Leaving Certificate, 1899
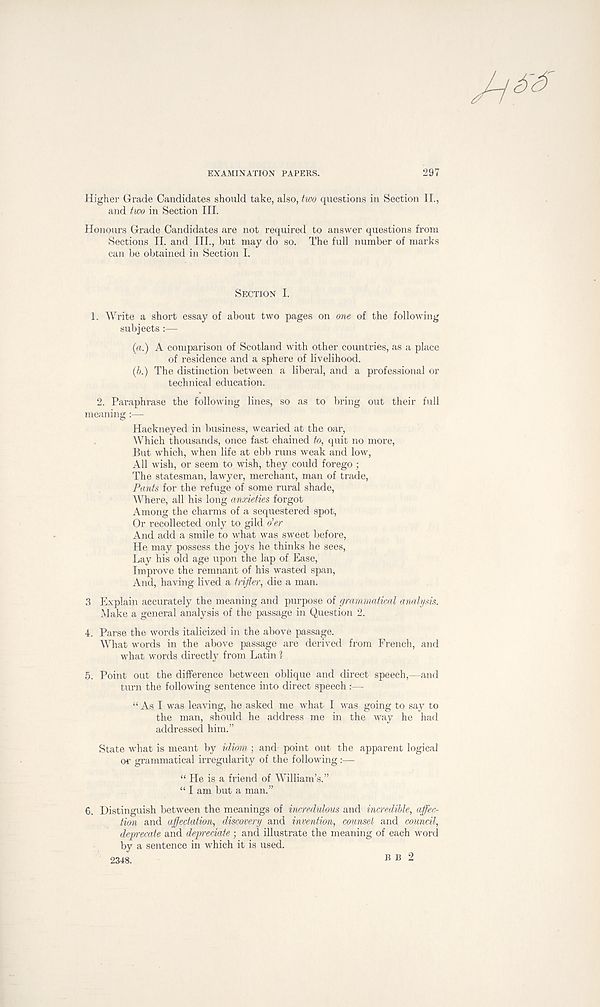
EXAMINATION PAPERS.
297
Higher Grade Candidates should take, also, two questions in Section II.,
and two in Section III.
Honours Grade Candidates are not required to answer questions from
Sections II. and III., but may do so. The full number of marks
can be obtained in Section I.
SECTION I.
1. Write a short essay of about two pages on one of the following
subjects :—
(a.) A comparison of Scotland with other countries, as a place
of residence and a sphere of livelihood.
(b.) The distinction between a liberal, and a professional or
technical education.
2. Paraphrase the following lines, so as to bring out their full
meaning :—
Hackneyed in business, wearied at the oar,
Which thousands, once fast chained to, quit no more,
But which, when life at ebb runs weak and low,
All wish, or seem to wish, they could forego ;
The statesman, lawyer, merchant, man of trade,
Pants for the refuge of some rural shade,
Where, all his long anxieties forgot
Among the charms of a sequestered spot,
Or recollected only to gild o'er
And add a smile to what was sweet before,
He may possess the joys he thinks he sees,
Lay his old age upon the lap of Ease,
Improve the remnant of his wasted span,
And, having lived a trifler, die a man.
3 Explain accurately the meaning and purpose of grammatical analysis.
Make a general analysis of the passage in Question 2.
4. Parse the words italicized in the above passage.
What words in the above passage are derived from French, and
what words directly from Latin ?
5. Point out the difference between oblique and direct speech,—and
turn the following sentence into direct speech :—
“ As I was leaving, he asked me what I was going to say to
the man, should he address me in the way he had
addressed him.”
State what is meant by idiom ; and point out the apparent logical
or grammatical irregularity of the following:—
“ He is a friend of William’s.”
“ I am but a man.”
6. Distinguish between the meanings of incredulous and incredible, affec-
tion and affedatian, discovery and invention, counsel and council,
deprecate and depreciate ; and illustrate the meaning of each word
by a sentence in which it is used.
2348.
B B 2